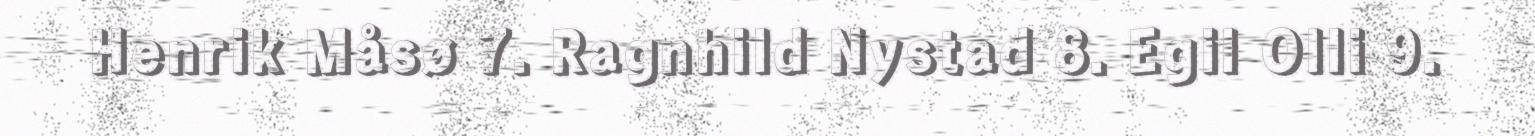
Henrik Måsø 7. Ragnhild Nystad 8. Egil Olli 9.